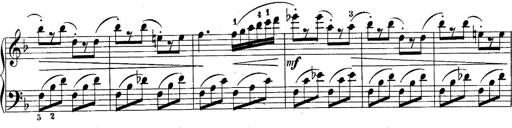
Title: 10 Sonatines progressives
Composer: Anton Schmoll